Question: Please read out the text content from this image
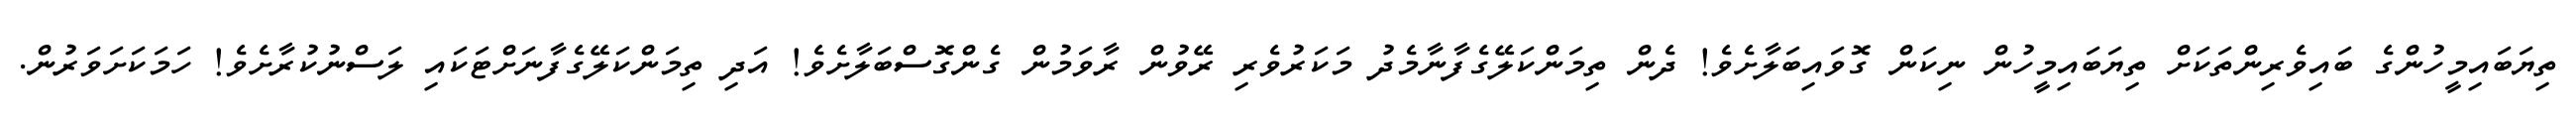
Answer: ތިޔަބައިމީހުންގެ ބައިވެރިންތަކަށް ތިޔަބައިމީހުން ނިކަން ގޮވައިބަލާށެވެ! ދެން ތިމަންކަލޭގެފާނާމެދު މަކަރުވެރި ރޭވުން ރާވަމުން ގެންގޮސްބަލާށެވެ! އަދި ތިމަންކަލޭގެފާނަށްޓަކައި ލަސްނުކުރާށެވެ! ހަމަކަށަވަރުން.